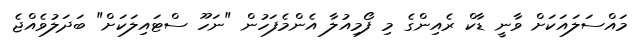
މައްސަލައަކަށް ވާނީ ޑާކް ރެއިންގެ މި ފޯމިއުލާ އެންމެފަހުން "ނަހޫ ސްޓައިލަކަށް" ބަދަލުވެއްޖެ